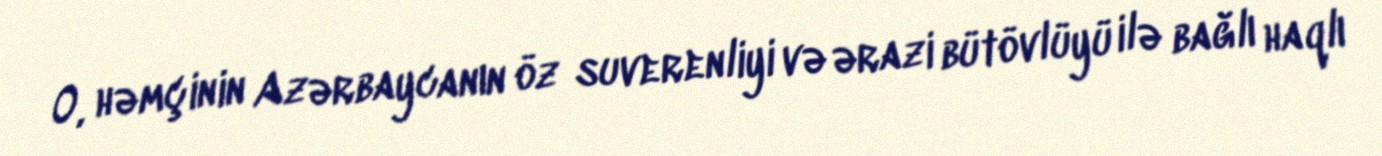
O, həmçinin Azərbaycanın öz suverenliyi və ərazi bütövlüyü ilə bağlı haqlı